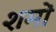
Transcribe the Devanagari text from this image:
शमों